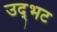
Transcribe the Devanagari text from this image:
उद्‌भट